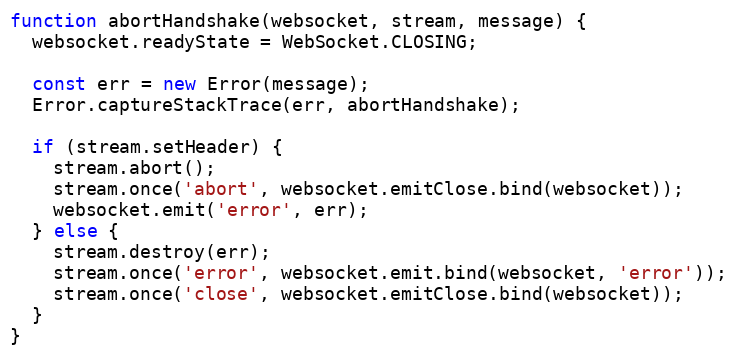
Language: JavaScript
function abortHandshake(websocket, stream, message) {
  websocket.readyState = WebSocket.CLOSING;

  const err = new Error(message);
  Error.captureStackTrace(err, abortHandshake);

  if (stream.setHeader) {
    stream.abort();
    stream.once('abort', websocket.emitClose.bind(websocket));
    websocket.emit('error', err);
  } else {
    stream.destroy(err);
    stream.once('error', websocket.emit.bind(websocket, 'error'));
    stream.once('close', websocket.emitClose.bind(websocket));
  }
}